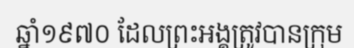
ឆ្នាំ១៩៧០ ដែលព្រះអង្គត្រូវបានក្រុម